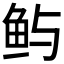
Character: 𫚈